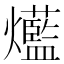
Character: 𤓆